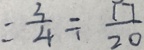
= \frac { 3 } { 4 } \div \frac { 1 7 } { 2 0 }